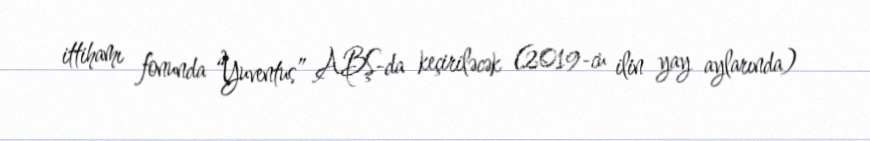
ittihamı fonunda “Yuventus” ABŞ-da keçiriləcək (2019-cu ilin yay aylarında)